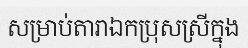
សម្រាប់តារាឯកប្រុសស្រីក្នុង